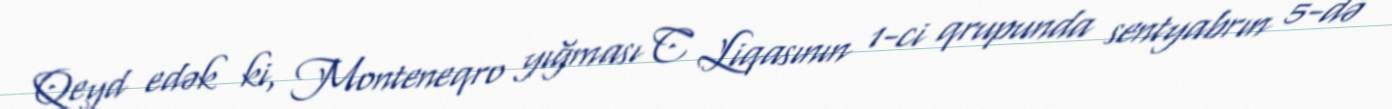
Qeyd edək ki, Monteneqro yığması C Liqasının 1-ci qrupunda sentyabrın 5-də